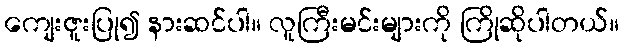
ကျေးဇူးပြု၍ နားဆင်ပါ။ လူကြီးမင်းများကို ကြိုဆိုပါတယ်။